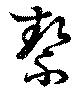
絜